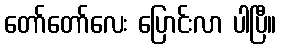
တော်တော်လေး ပြောင်းလာ ပါပြီ။